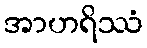
အာဟရိဿံ